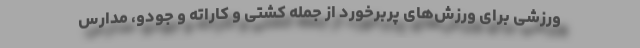
ورزشی برای ورزش‌های پربرخورد از جمله کشتی و کاراته و جودو، مدارس